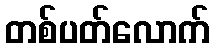
တစ်ပတ်လောက်